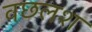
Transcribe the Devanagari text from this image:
वछलश